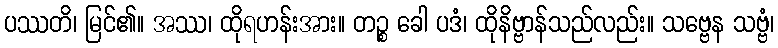
ပဿတိ၊ မြင်၏။ အဿ၊ ထိုရဟန်းအား။ တဉ္စ ခေါ ပဒံ၊ ထိုနိဗ္ဗာန်သည်လည်း။ သဗ္ဗေန သဗ္ဗံ၊